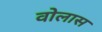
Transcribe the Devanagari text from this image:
वोलास